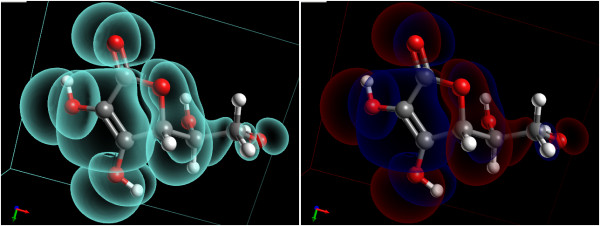
avogadro, ball and sticks, mesh